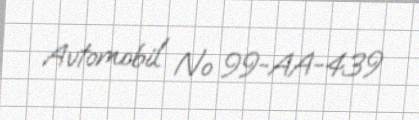
Avtomobil № 99-AA-439